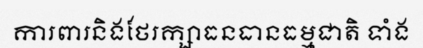
ការពារនិងថែរក្សាធនធានធម្មជាតិ ទាំង